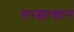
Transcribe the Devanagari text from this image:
सरझाखान